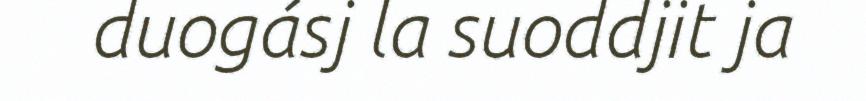
duogásj la suoddjit ja